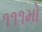
૧૧૧મો